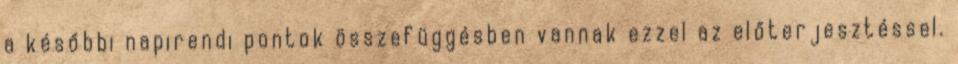
a későbbi napirendi pontok összefüggésben vannak ezzel az előterjesztéssel.